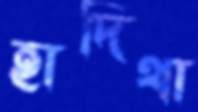
হাদিথা